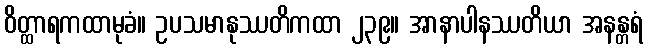
ဝိတ္ထာရကထာမုခံ။ ဥပသမာနုဿတိကထာ ၂၃၉။ အာနာပါနဿတိယာ အနန္တရံ